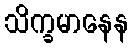
သိက္ခမာနေန